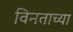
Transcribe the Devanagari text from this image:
विनताच्या